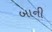
બાની